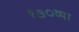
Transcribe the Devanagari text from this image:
१७०व्या